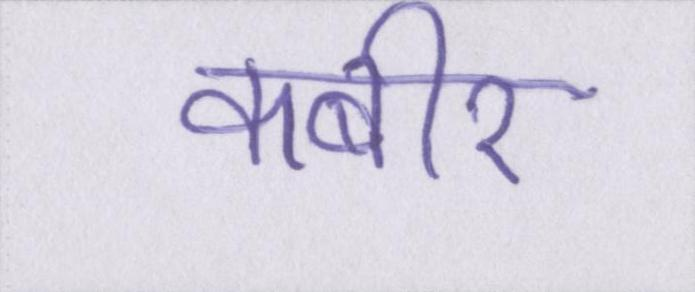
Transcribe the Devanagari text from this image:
कबीर